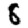
Digit: 8